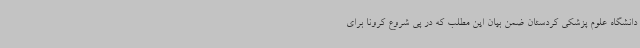
دانشگاه علوم پزشکی کردستان ضمن بیان این مطلب که در پی شروع کرونا برای